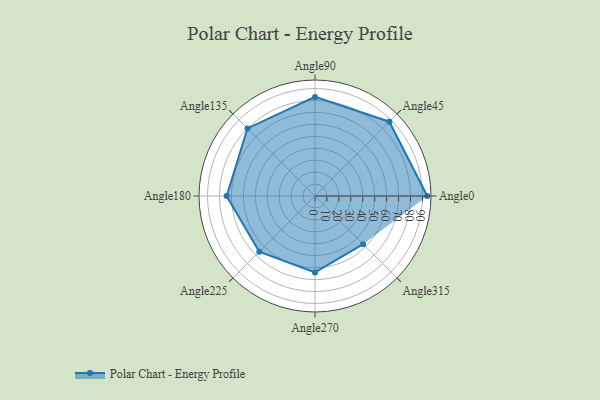
{"axis": {"x": "Angle", "y": "Radius"}, "legend": [""], "data": [{"x": "Angle0", "y": 94.0, "type": ""}, {"x": "Angle45", "y": 88.0, "type": ""}, {"x": "Angle90", "y": 83.0, "type": ""}, {"x": "Angle135", "y": 80.0, "type": ""}, {"x": "Angle180", "y": 74.0, "type": ""}, {"x": "Angle225", "y": 66.0, "type": ""}, {"x": "Angle270", "y": 64.0, "type": ""}, {"x": "Angle315", "y": 57.0, "type": ""}]}